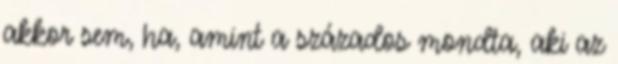
akkor sem, ha, amint a százados mondta, aki az